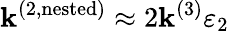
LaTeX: \mathbf{k}^{(2,\mathrm{{nested}})}\approx2\mathbf{k}^{(3)}\varepsilon_{2}